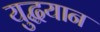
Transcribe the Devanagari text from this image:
युद्धयान